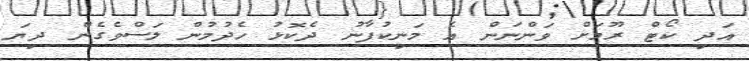
އަދި ކޯޓް ރޫމަށް ވަންނަން އެ މަނިކުފާނު ދެކޮޅު ހެދުމުން ލަސްވެގެން ދިޔަ